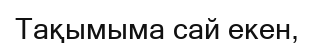
Тақымыма сай екен,